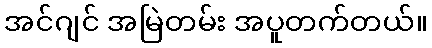
အင်ဂျင် အမြဲတမ်း အပူတက်တယ်။